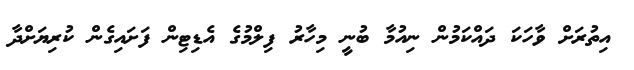
އިތުރަށް ވާހަކަ ދައްކަމުން ނިއުމާ ބުނީ މިހާރު ފިލްމުގެ އެޑިޓިން ފަށައިގެން ކުރިޔަށްދާ